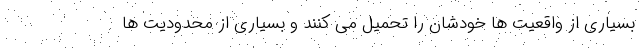
بسیاری از واقعیت ها خودشان را تحمیل می کنند و بسیاری از محدودیت ها